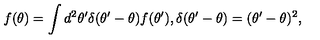
f ( \theta ) = \int d ^ { 2 } \theta ^ { \prime } \delta ( \theta ^ { \prime } - \theta ) f ( \theta ^ { \prime } ) , \delta ( \theta ^ { \prime } - \theta ) = ( \theta ^ { \prime } - \theta ) ^ { 2 } ,